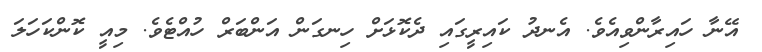
އޭނާ ހައިރާންވިއެވެ. އެނދު ކައިރީގައި ދެކޮޅަށް ހިނގަން އަންބަރް ހުއްޓެވެ. މިއީ ކޮންކަހަލަ